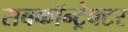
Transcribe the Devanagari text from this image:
सबकॉन्ट्रेक्टर